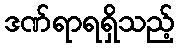
ဒဏ်ရာရရှိသည့်